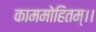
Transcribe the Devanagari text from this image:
काममोहितम्।।